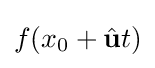
f(x_{0}+{\hat {\mathbf {u}}}t)